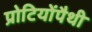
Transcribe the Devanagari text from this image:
प्रोटियोंपैथी